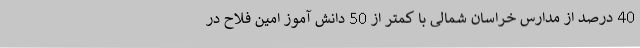
40 درصد از مدارس خراسان شمالی با کمتر از 50 دانش آموز امین فلاح در